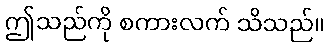
ဤသည်ကို စကားလက် သိသည်။